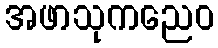
အဖာသုကညေဝ